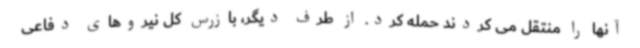
آنها را منتقل می کردند حمله کرد. از طرف دیگر، بازرس کل نیروهای دفاعی